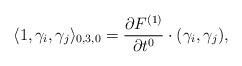
LaTeX: \begin{align*}\langle 1,\gamma_i,\gamma_j\rangle_{0,3,0}=\frac{\partial F^{(1)}}{\partial t^0}\cdot(\gamma_i,\gamma_j),\end{align*}